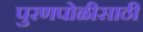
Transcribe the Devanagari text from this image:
पुरणपोळीसाठी